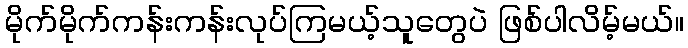
မိုက်မိုက်ကန်းကန်းလုပ်ကြမယ့်သူတွေပဲ ဖြစ်ပါလိမ့်မယ်။